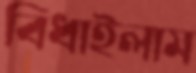
বিঁধাইলাম